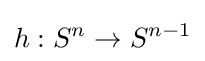
h:S^{n}\to S^{n-1}